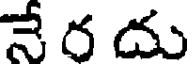
నే ర దు